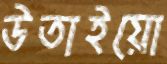
উতাইয়ো